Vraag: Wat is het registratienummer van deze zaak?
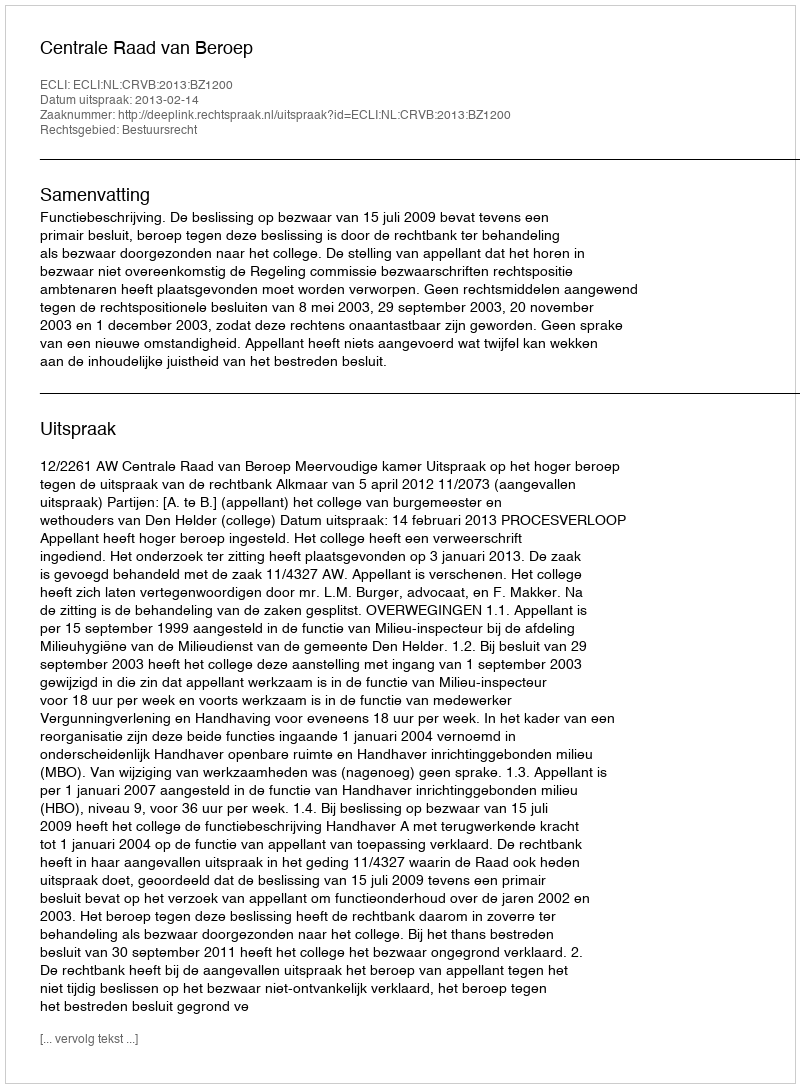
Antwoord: http://deeplink.rechtspraak.nl/uitspraak?id=ECLI:NL:CRVB:2013:BZ1200